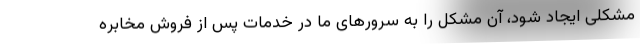
مشکلی ایجاد شود، آن مشکل را به سرورهای ما در خدمات پس از فروش مخابره